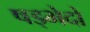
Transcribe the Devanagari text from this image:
षड्भेदों